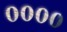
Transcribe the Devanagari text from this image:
००००